Vaccination North-Western Provinces and Oudh 1878-1895 - 1878-1895
Year: 1878
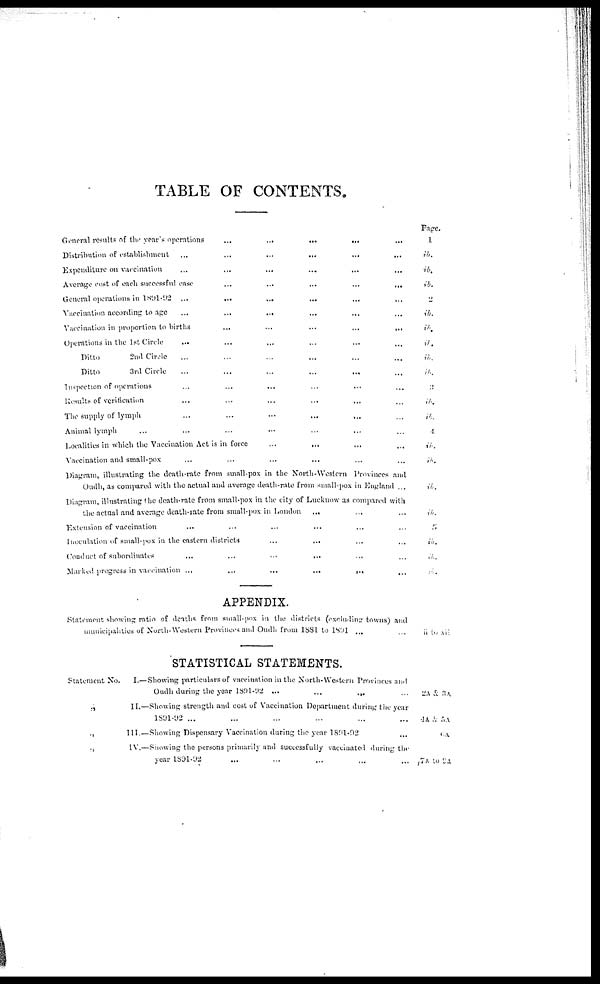
TABLE OF CONTENTS.
General results of the year's operations
...
...
...
...
...
Distribution of establishment ... ... ... ... ... ...
Expenditure on vaccination ... ... ... ... ... ...
Average cost of each successful case
...
...
...
...
...
General operations in 1891-92 ... ... ... ... ... ...
Vaccination according to age
...
...
...
...
...
...
Vaccination in proportion to births
...
...
...
...
...
Operations in the 1st Circle ... ... ... ... ... ...
Ditto
2nd Circle ... ... ... ... ... ...
Ditto
3rd Circle ... ... ... ... ... ...
Inspection of operations ... ... ... ... ... ...
Results of verification ... ... ... ... ... ...
The supply of lymph ... ... ... ... ... ...
Animal lymph
...
...
...
...
...
...
Localities in which the Vaccination Act is in force
...
...
...
...
Vaccination and small-pox ... ... ... ... ... ...
Diagram, illustrating the death-rate from small-pox in the North-Western Provinces and
Oudh, as compared with the actual and average death-rate from small-pox in England ...
Diagram, illustrating the death-rate from small-pox in the city of Lucknow as compared with
the actual and average death-rate from small-pox in London ... ... ...
Extension of vaccination ... ... ... ... ... ...
Inoculation of small-pox in the eastern districts ... ... ... ...
Conduct of subordinates ... ... ... ... ... ...
Marked progress in vaccination
...
...
...
...
...
...
APPENDIX.
Statement showing ratio of deaths from small-pox in the districts (excluding towns) and
municipahties of North-Western Provinces and Oudh from 1881 to 1891 ... ...
STATISTICAL STATEMENTS.
Statement No.
I.— Showing particulars of vaccination in the North-Western Provinces and
Oudh during the year 1897-92
...
...
...
...
...
„
II.—Showing strength and cost of Vaccination Department during the year
1891-92 ...
„
III. — Showing Dispensary Vaccination during the year 1891-92
„
IV.—Showing the persons primarily and successfully vaccinated during the
year 1891-92 ... ... ... ... ...
Page.
1
ib.
ib.
ib.
2
ib.
ib.
ib.
ib.
ib.
3
ib.
ib.
4
ib.
ib.
ib.
ib.
5.
ib.
ib.
ib.
ii to Nil
2A & 3A
4A & 5A
6A
7A to 9A